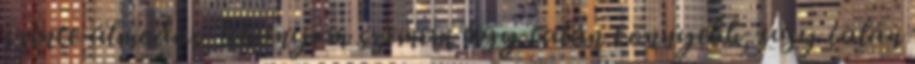
szinte álmodás. lehunyom szemem úgy talán könnyebb, úgy talán